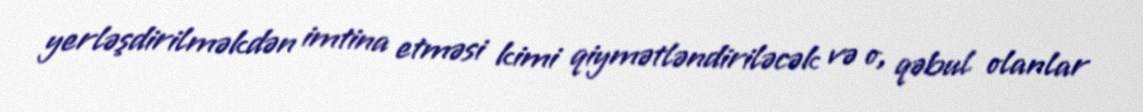
yerləşdirilməkdən imtina etməsi kimi qiymətləndiriləcək və o, qəbul olanlar